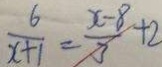
\frac { 6 } { x + 1 } = \frac { x - 8 } { 3 } + 2